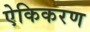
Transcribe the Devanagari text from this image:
ऐकिकरण